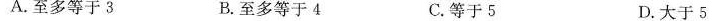
A.至多等于3 B.至多等于4 C.等于5 D.大于5